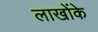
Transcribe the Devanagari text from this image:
लाखोंके